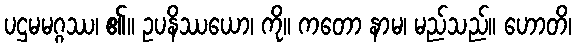
ပဌမမဂ္ဂဿ၊ ၏။ ဥပနိဿယော၊ ကို။ ကတော နာမ၊ မည်သည်။ ဟောတိ၊